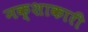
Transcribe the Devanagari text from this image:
नक्शाकारी